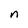
Character: n